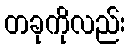
တခုကိုလည်း